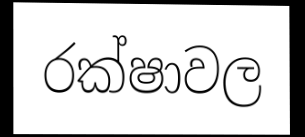
රක්ෂාවල